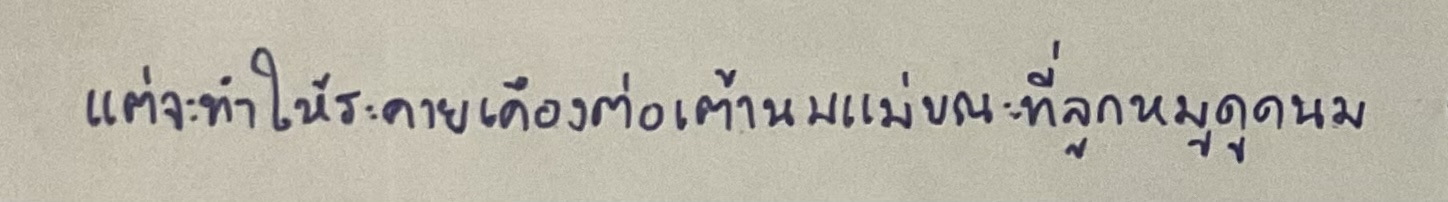
แต่จะทำให้ระคายเคืองต่อเต้านมแม่ขณะที่ลูกหมูดูดนม